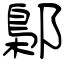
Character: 鄡